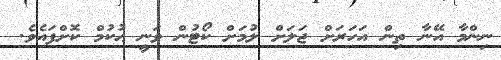
ނިންމާ އޭނާ ތިން އަހަރަށް ޖަލަށް ލުމަށް ކޯޓުން ވަނީ ޙުކުމް ކޮށްފައެވެ.